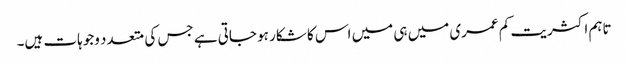
تاہم اکثریت کم عمری میں ہی میں اس کا شکار ہو جاتی ہے جس کی متعدد وجوہات ہیں۔